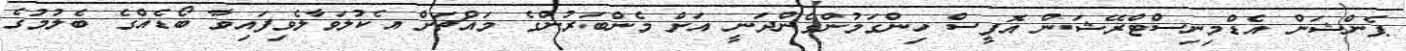
ޕެންޝަން އެޑްމިނިސްޓްރޭޝަން އޮފީސް ހިންގަމުންގެންދަނީ އަށް މެންބަރުންގެ މައްޗަށް އެކުލަވާލެވިފައިވާ ބޯޑެއްގެ ބެލުމުގެ